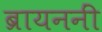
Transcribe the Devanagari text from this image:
ब्रायननीं